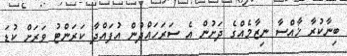
ބިނާކުރާ ޚާއްސާ ނިޒާމެއްގެ ދަށުން އެ ސަރަހައްދުން އުފައްދާ ކަރަންޓު ވަރަށް ކުޑަ